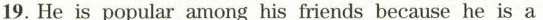
19. He is popular among his friends because he is a